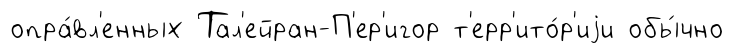
опра́вл'енных Тал'ейран-П'ер'игор т'ерр'ито́р'иjи обы́чно